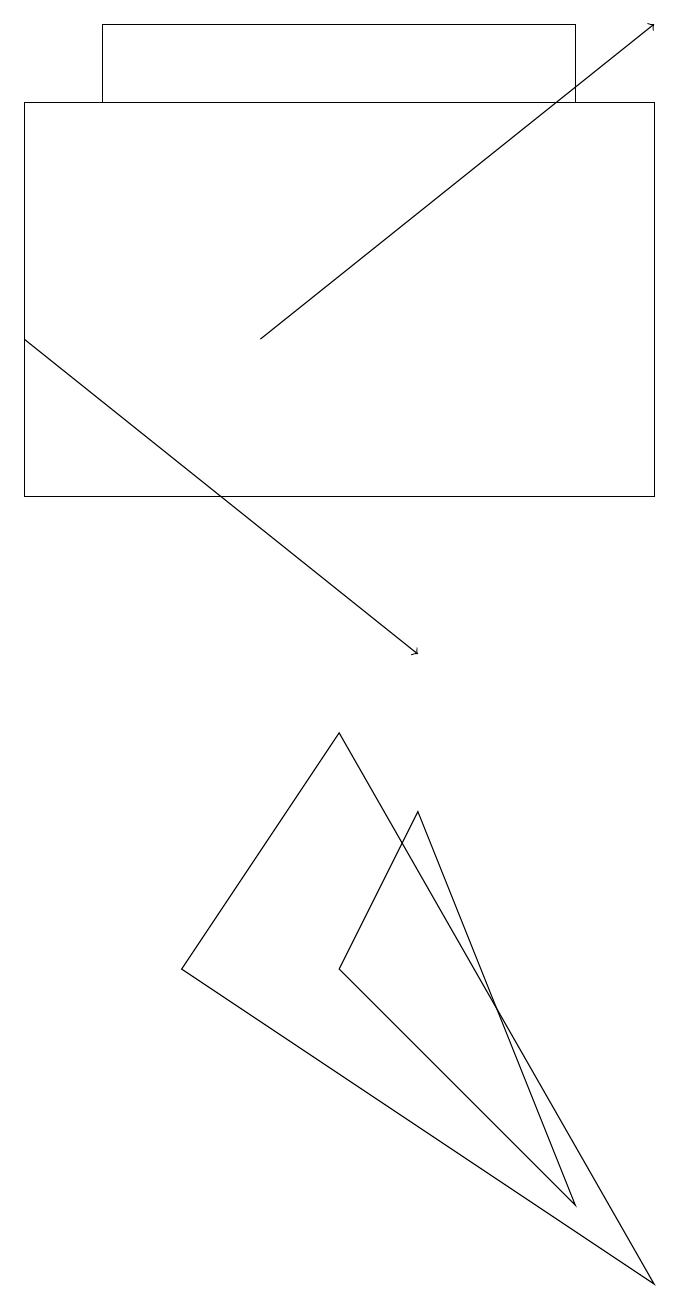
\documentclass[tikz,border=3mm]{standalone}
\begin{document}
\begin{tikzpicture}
\draw (7,3) -- (5,8) -- (4,6) -- cycle;
\draw (4,9) -- (8,2) -- (2,6) -- cycle;
\draw[->] (3,14) -- (8,18);
\draw (1,17) rectangle (7,18);
\draw[->] (0,14) -- (5,10);
\draw (8,12) rectangle (0,17);
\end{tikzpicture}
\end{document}